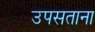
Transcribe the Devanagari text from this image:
उपसताना